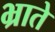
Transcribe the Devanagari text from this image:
भ्राते